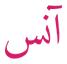
آنس